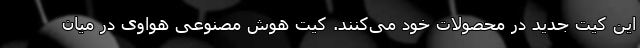
این کیت جدید در محصولات خود می‌کنند. کیت هوش مصنوعی هواوی در میان